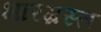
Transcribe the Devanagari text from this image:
भारग्रस्त